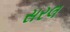
સરલ